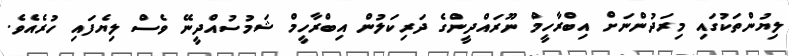
ލިޔުންތަކުގައި މިރަދުންނަށް އިބްރާހީމް ނޫރައްދީންގެ ދަރިކަލުން އިބްރާހީމް ޝަމުސުއްދީނޭ ވެސް ލިޔެފައި ހުރެއެވެ.